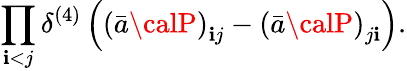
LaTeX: \prod_{\mathbf{i}<j}\delta^{(4)}\left(\left(\bar{{a}}{\calP}\right)_{\mathbf{i}j}-\left(\bar{{a}}{\calP}\right)_{j\mathbf{i}}\right).